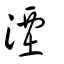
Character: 湮